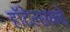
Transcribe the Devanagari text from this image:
हॉटेल्सकडे